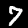
Label: 7